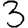
Digit: 3